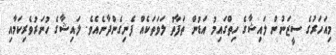
މިއަހަރުގެ ސީޒަނުން ލައިޝާގެ ހިތްގައިމު އަޑުން ތަފާތު ލަވަތަކެއް ފެނިގެންދާނެއެވެ. ލައިޝާގެ ހުނަރުވެރިކަމާއި